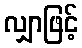
လျှာဖြင့်